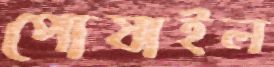
পোষাইল